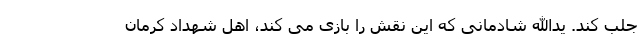
جلب کند. یدالله شادمانی که این نقش را بازی می کند، اهل شهداد کرمان